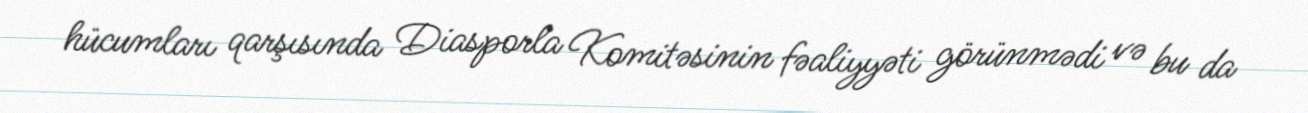
hücumları qarşısında Diasporla Komitəsinin fəaliyyəti görünmədi və bu da